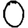
Digit: 0